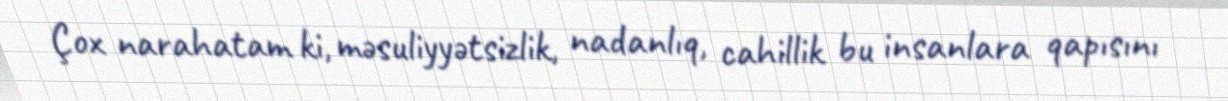
Çox narahatam ki, məsuliyyətsizlik, nadanlıq, cahillik bu insanlara qapısını